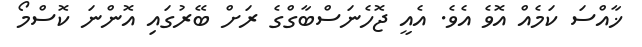
ޚާއްސަ ކަމެއް އޮވެ އެވެ. އެއީ ޖޮހެނަސްބާގްގެ ރަށް ބޭރުގައި އޮންނަ ކޮސްމޯ